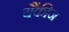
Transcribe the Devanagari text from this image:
यैंकीज